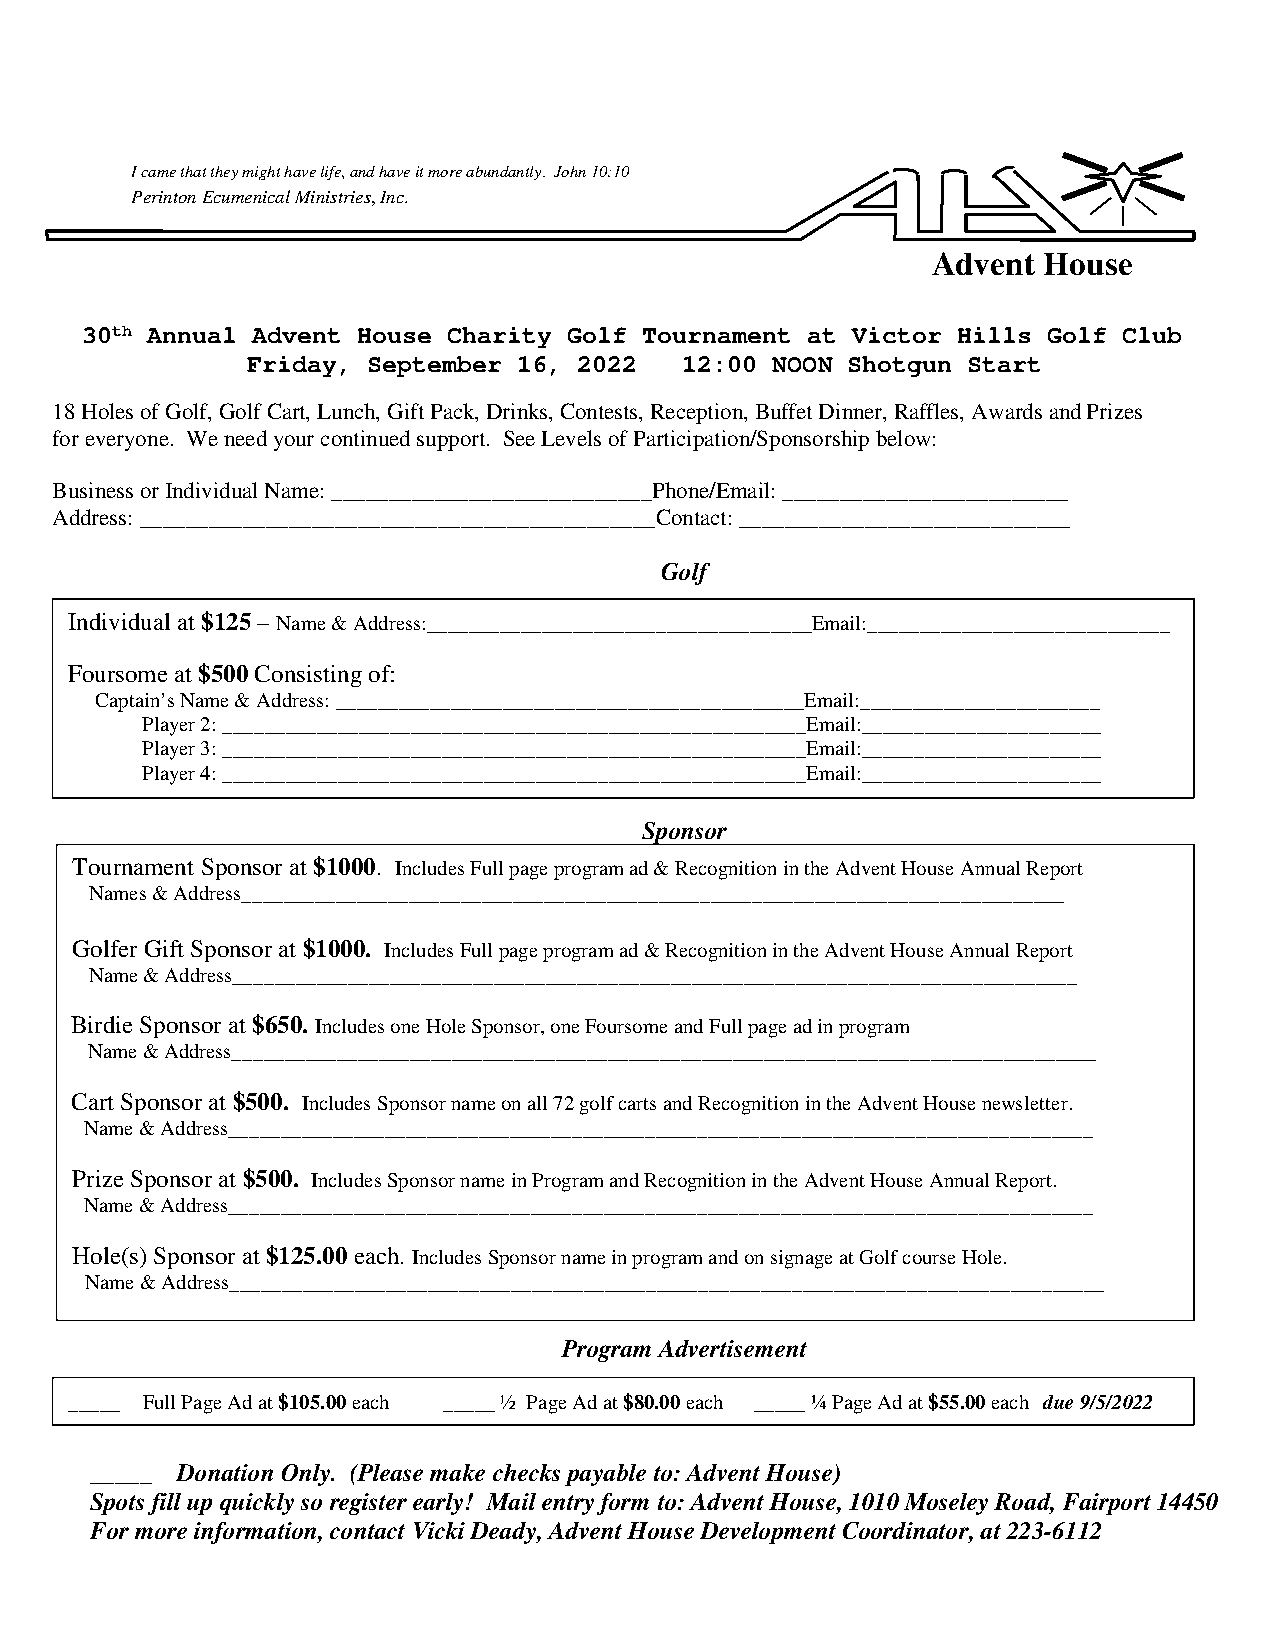
I came that they might have life, and have it more abundantly. John 10:10
 Perinton Ecumenical Ministries, Inc.
 Advent House
 1010 Moseley Road
 30th Annual Advent House Charity Golf Tournament at Victor Hills Golf Club
 Friday, September 16, 2022   12:00 NOON Shotgun Start
 18 Holes of Golf, Golf Cart, Lunch, Gift Pack, Drinks, Contests, Reception, Buffet Dinner, Raffles, Awards and Prizes
 for everyone. We need your continued support. See Levels of Participation/Sponsorship below:
 Business or Individual Name: ____________________________Phone/Email: _________________________
 Address: _____________________________________________Contact: _____________________________
 Golf
 Individual at $125 – Name & Address:_____________________________________Email:_____________________________
 Foursome at $500 Consisting of:
 Captain’s Name & Address: _____________________________________________Email:_______________________
 Player 2: ________________________________________________________Email:_______________________
 Player 3: ________________________________________________________Email:_______________________
 Player 4: ________________________________________________________Email:_______________________
 Sponsor
 Tournament Sponsor at $1000. Includes Full page program ad & Recognition in the Advent House Annual Report
 Names & Address_______________________________________________________________________________
 Golfer Gift Sponsor at $1000. Includes Full page program ad & Recognition in the Advent House Annual Report
 N    Name & Address_________________________________________________________________________________
 Car Birdie Sponsor at $650. Includes one Hole Sponsor, one Foursome and Full page ad in program
 Name & Address___________________________________________________________________________________
 Car Cart Sponsor at $500. Includes Sponsor name on all 72 golf carts and Recognition in the Advent House newsletter.
 Name & Address___________________________________________________________________________________
 Prize Sponsor at $500. Includes Sponsor name in Program and Reco gnition in the Advent House Annual Report.
 Name & Address____________________________________________ _______________________________________
 Hole(s) Sponsor at $125.00 each. Includes Sponsor name in progra m and on signage at Golf course Hole.
 Name & Address____________________________________________________________________________________
 Program Advertisement
 _____ Full Page Ad at $105.00 each _____ ½ Page Ad at $80.00 each _____ ¼ Page Ad at $55.00 each due 9/5/2022
 -----
 _____ Donation Only. (Please make checks payable to: Advent House)
 Spots fill up quickly so register early! Mail entry form to: Advent House, 1010 Moseley Road, Fairport 14450
 For more information, contact Vicki Deady, Advent House Development Coordinator, at 223-6112